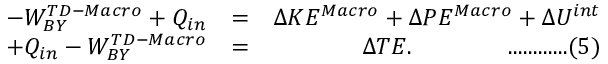
\begin{array} { r l r } { - W _ { B Y } ^ { T D - M a c r o } \space + Q _ { i n } } & { \space \space = \space \space } & { \Delta K E ^ { M a c r o } \space + \space \Delta P E ^ { M a c r o } \space + \space \Delta U ^ { i n t } } \\ { + Q _ { i n } \space - \space W _ { B Y } ^ { T D - M a c r o } \space } & { \space \space = \space \space } & { \Delta T E . \qquad \qquad . . . . . . . . . . . . ( 5 ) } \end{array}